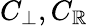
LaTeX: C_{\perp},C_{\mathbb{R}}